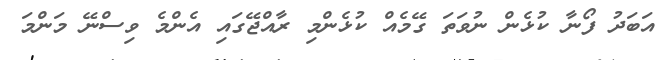
އަބަދު ފޯނާ ކުޅެން ނުވަތަ ގޭމެއް ކުޅެންމި ރާއްޖޭގައި އެންމެ ވިސްނޭ މަންމަ